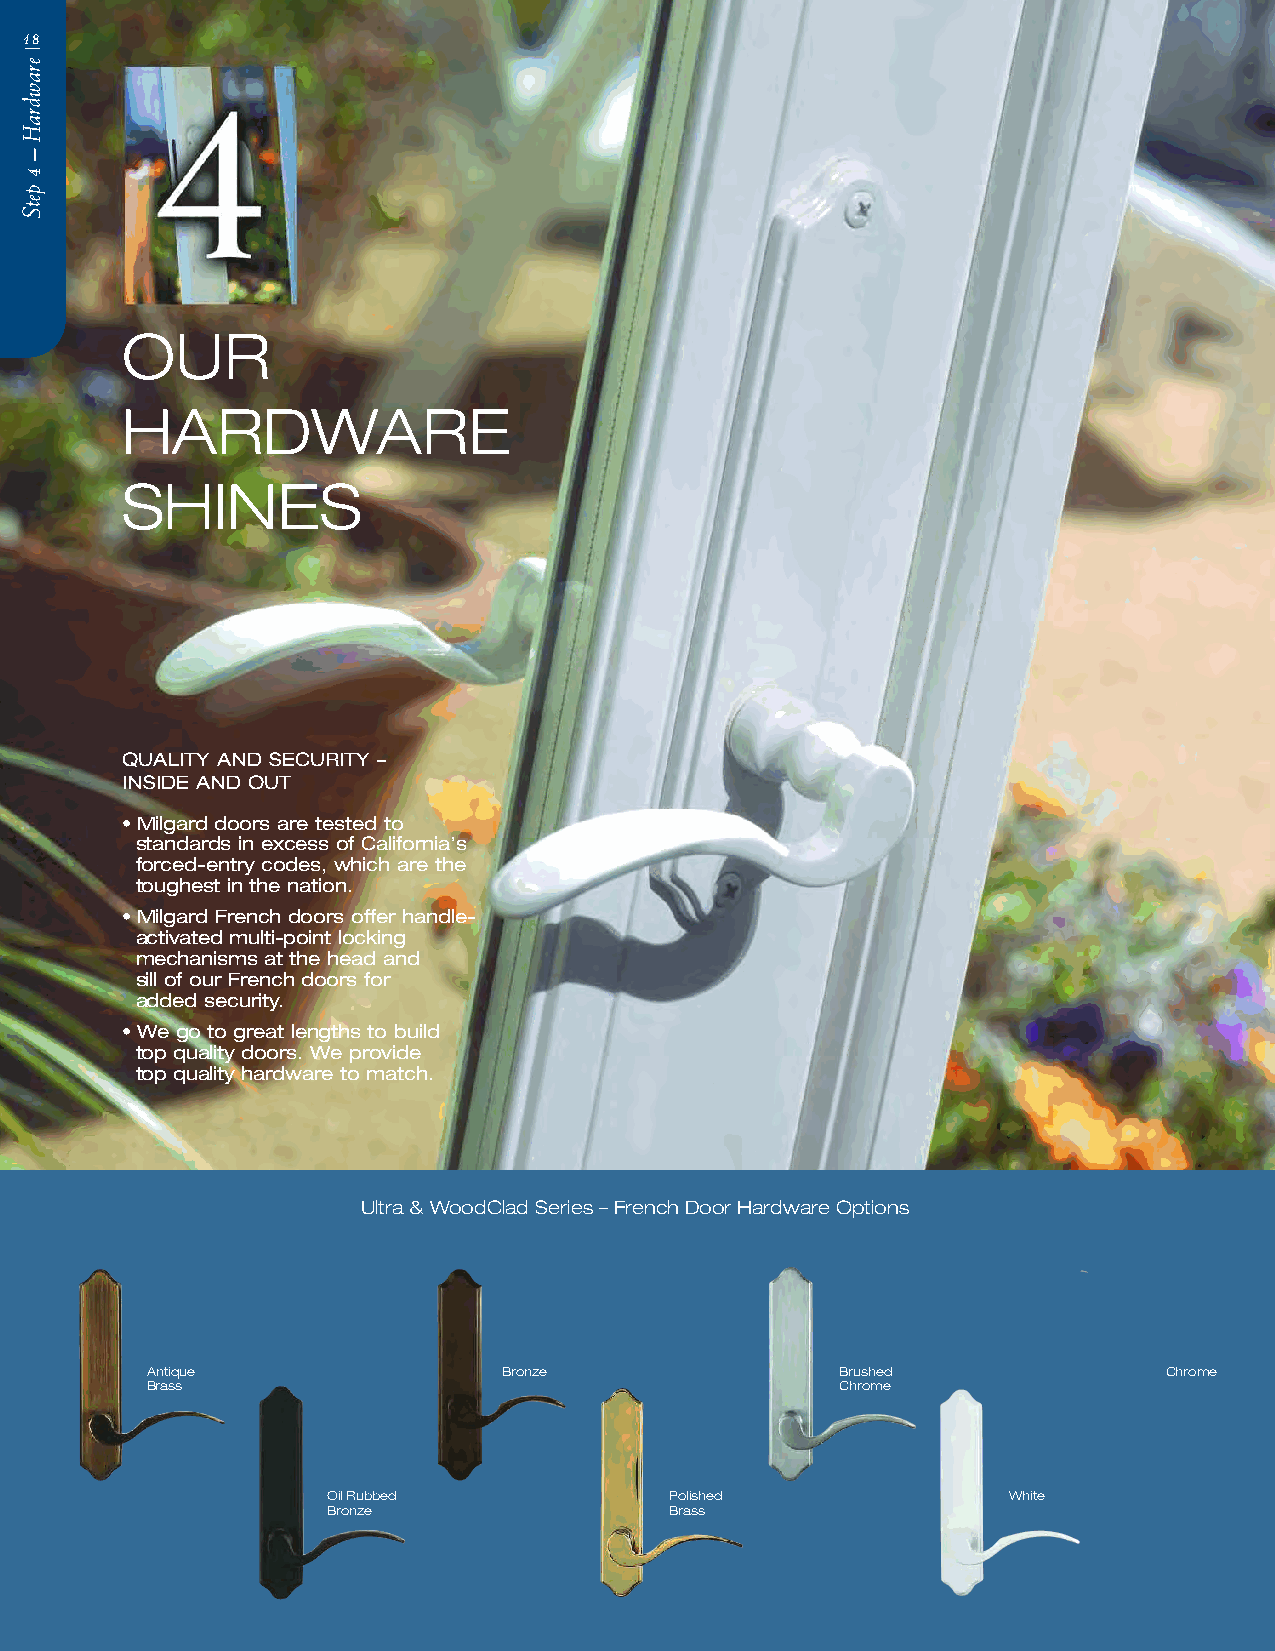
1108
 OUR
 HARDWARE
 SHINES
 QUALITY AND SECURITY –
 INSIDE AND OUT
 • Milgard doors are tested to
 standards in excess of California’s
 forced-entry codes, which are the
 toughest in the nation.
 • Milgard French doors offer handle-
 activated multi-point locking
 mechanisms at the head and
 sill of our French doors for
 added security.
 • We go to great lengths to build
 top quality doors. We provide
 top quality hardware to match.
 Ultra & WoodClad Series – French Door Hardware Options
 Antique                Bronze                 Brushed              Chrome
 Brass                                         Chrome
 Oil Rubbed            Polished               White
 Bronze                Brass
 ?erdarawgdlriMaHy–hW4petS